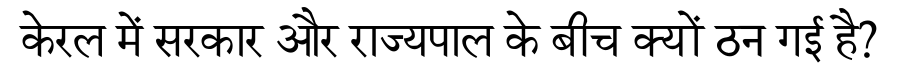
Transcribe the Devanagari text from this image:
केरल में सरकार और राज्यपाल के बीच क्यों ठन गई है?